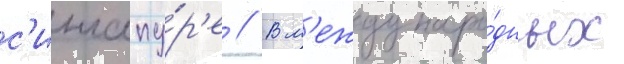
с'ингапу́р'е // В м'еждунаро́дных